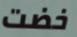
خضت